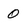
Character: 0